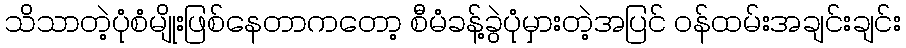
သိသာတဲ့ပုံစံမျိုးဖြစ်နေတာကတော့ စီမံခန့်ခွဲပုံမှားတဲ့အပြင် ဝန်ထမ်းအချင်းချင်း